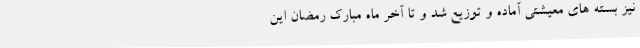
نیز بسته های معیشتی آماده و توزیع شد و تا آخر ماه مبارک رمضان این